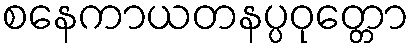
စနေကာယတနပ္ပဝုတ္တော